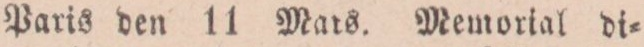
Paris den 11 Mars. Memorial di=